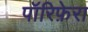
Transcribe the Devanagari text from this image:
पॉरिफ़ेरा